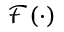
\mathcal { F } ( \cdot )